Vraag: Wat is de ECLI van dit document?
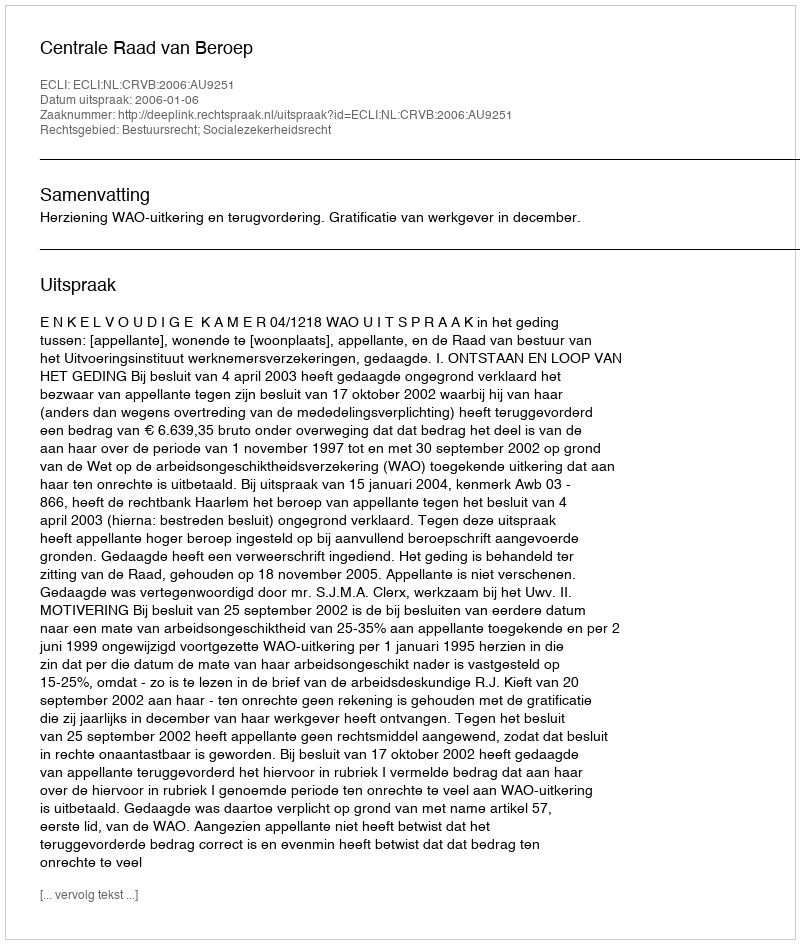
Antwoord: ECLI:NL:CRVB:2006:AU9251